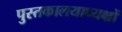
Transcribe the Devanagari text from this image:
पुस्तकालयाध्यक्षों